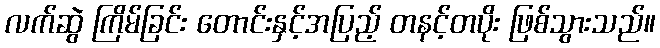
လက်ဆွဲ ကြိမ်ခြင်း တောင်းနှင့်အပြည့် တနင့်တပိုး ဖြစ်သွားသည်။